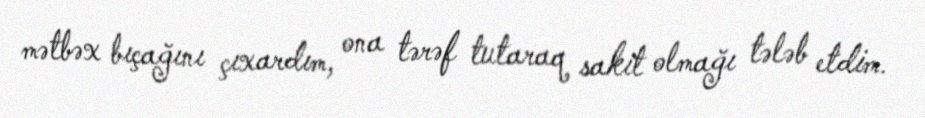
mətbəx bıçağını çıxardım, ona tərəf tutaraq sakit olmağı tələb etdim.